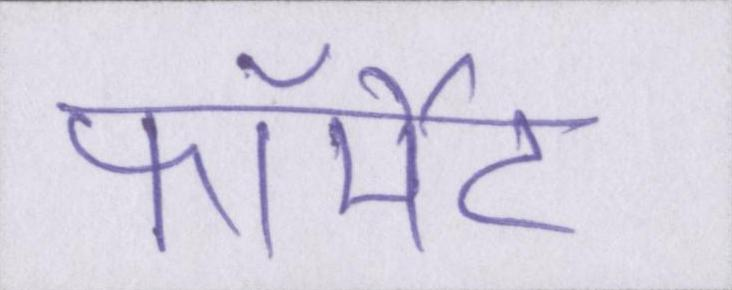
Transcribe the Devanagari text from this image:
फॉर्मेट